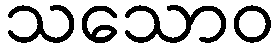
သသောဝ